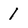
Character: I